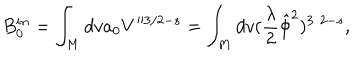
B _ { 0 } ^ { i n } = \int _ { M } d v a _ { 0 } V ^ { 3 / 2 - s } = \int _ { M } d v ( \frac { \lambda } { 2 } \hat { \phi } ^ { 2 } ) ^ { 3 / 2 - s } ,